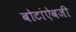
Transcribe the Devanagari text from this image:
बोटांऐवजी